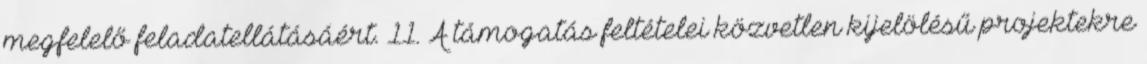
megfelelő feladatellátásáért. 11. A támogatás feltételei közvetlen kijelölésű projektekre